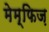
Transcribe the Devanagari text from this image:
मेम्फिज़